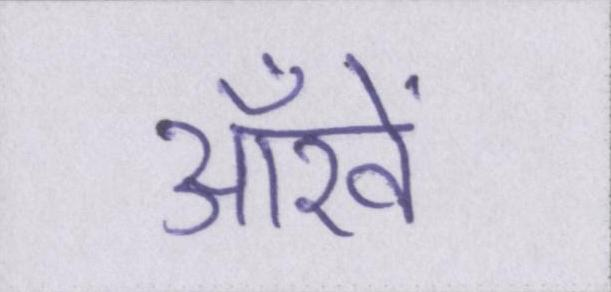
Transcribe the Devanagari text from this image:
आँखें